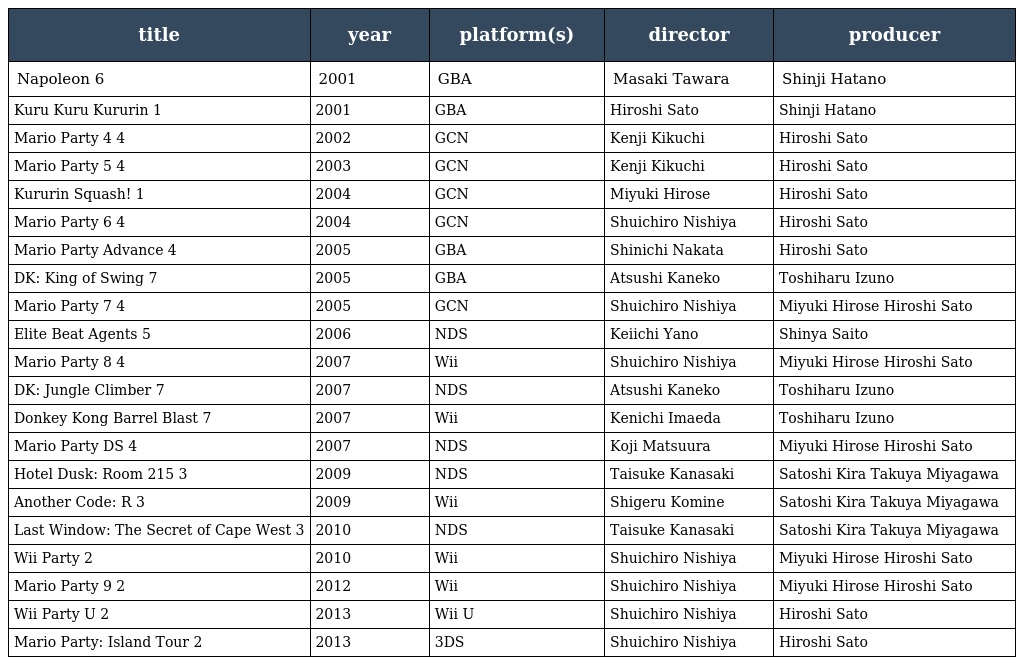
| title | year | platform(s) | director | producer |
 | --- | --- | --- | --- | --- |
 | Napoleon 6 | 2001 | GBA | Masaki Tawara | Shinji Hatano |
 | Kuru Kuru Kururin 1 | 2001 | GBA | Hiroshi Sato | Shinji Hatano |
 | Mario Party 4 4 | 2002 | GCN | Kenji Kikuchi | Hiroshi Sato |
 | Mario Party 5 4 | 2003 | GCN | Kenji Kikuchi | Hiroshi Sato |
 | Kururin Squash! 1 | 2004 | GCN | Miyuki Hirose | Hiroshi Sato |
 | Mario Party 6 4 | 2004 | GCN | Shuichiro Nishiya | Hiroshi Sato |
 | Mario Party Advance 4 | 2005 | GBA | Shinichi Nakata | Hiroshi Sato |
 | DK: King of Swing 7 | 2005 | GBA | Atsushi Kaneko | Toshiharu Izuno |
 | Mario Party 7 4 | 2005 | GCN | Shuichiro Nishiya | Miyuki Hirose Hiroshi Sato |
 | Elite Beat Agents 5 | 2006 | NDS | Keiichi Yano | Shinya Saito |
 | Mario Party 8 4 | 2007 | Wii | Shuichiro Nishiya | Miyuki Hirose Hiroshi Sato |
 | DK: Jungle Climber 7 | 2007 | NDS | Atsushi Kaneko | Toshiharu Izuno |
 | Donkey Kong Barrel Blast 7 | 2007 | Wii | Kenichi Imaeda | Toshiharu Izuno |
 | Mario Party DS 4 | 2007 | NDS | Koji Matsuura | Miyuki Hirose Hiroshi Sato |
 | Hotel Dusk: Room 215 3 | 2009 | NDS | Taisuke Kanasaki | Satoshi Kira Takuya Miyagawa |
 | Another Code: R 3 | 2009 | Wii | Shigeru Komine | Satoshi Kira Takuya Miyagawa |
 | Last Window: The Secret of Cape West 3 | 2010 | NDS | Taisuke Kanasaki | Satoshi Kira Takuya Miyagawa |
 | Wii Party 2 | 2010 | Wii | Shuichiro Nishiya | Miyuki Hirose Hiroshi Sato |
 | Mario Party 9 2 | 2012 | Wii | Shuichiro Nishiya | Miyuki Hirose Hiroshi Sato |
 | Wii Party U 2 | 2013 | Wii U | Shuichiro Nishiya | Hiroshi Sato |
 | Mario Party: Island Tour 2 | 2013 | 3DS | Shuichiro Nishiya | Hiroshi Sato |